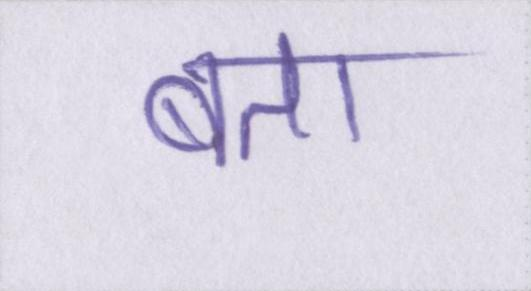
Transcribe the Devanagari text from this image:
बता